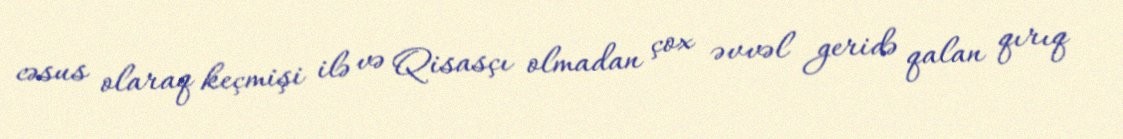
cəsus olaraq keçmişi ilə və Qisasçı olmadan çox əvvəl geridə qalan qırıq